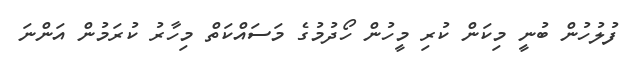
ފުލުހުން ބުނީ މިކަން ކުރި މީހުން ހޯދުމުގެ މަސައްކަތް މިހާރު ކުރަމުން އަންނަ